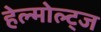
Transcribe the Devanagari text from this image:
हेल्मोल्ट्ज